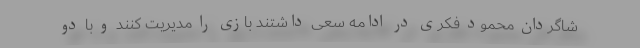
شاگردان محمود فکری در ادامه سعی داشتند بازی را مدیریت کنند و با دو